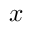
x _ { \mathrm { ~ \, ~ } }